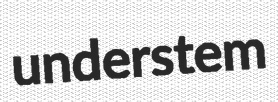
understem